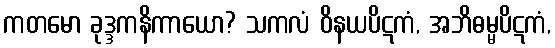
ကတမော ခုဒ္ဒကနိကာယော? သကလံ ဝိနယပိဋကံ, အဘိဓမ္မပိဋကံ,